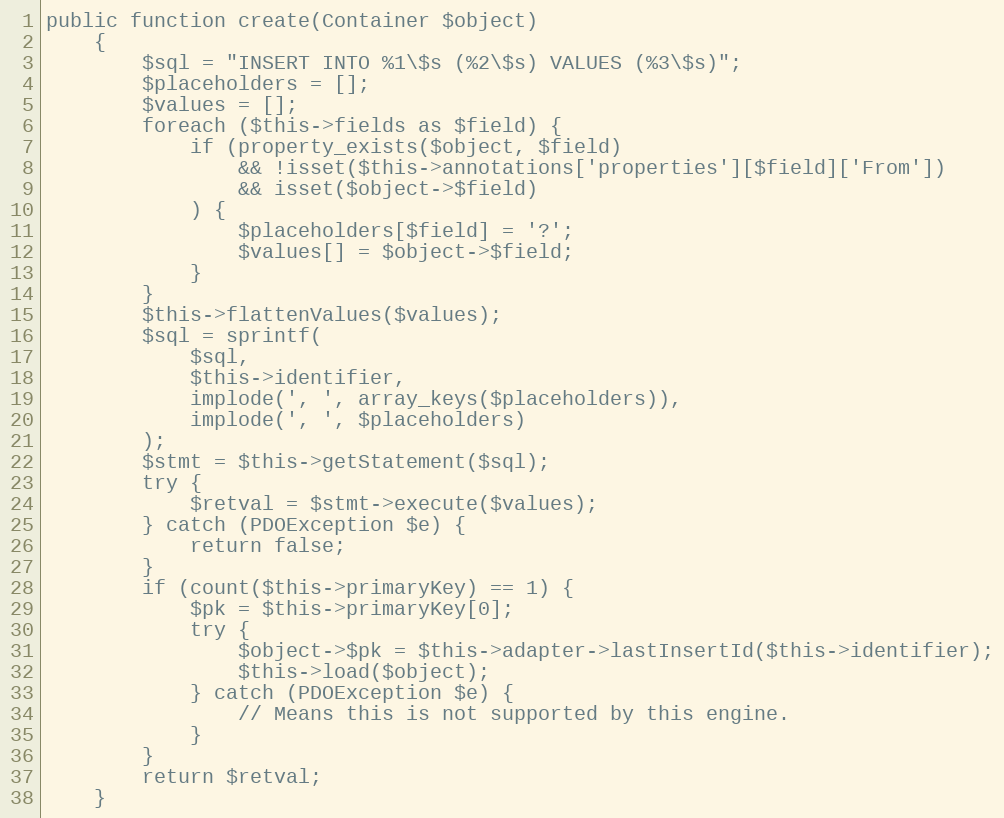
Language: PHP
public function create(Container $object)
    {
        $sql = "INSERT INTO %1\$s (%2\$s) VALUES (%3\$s)";
        $placeholders = [];
        $values = [];
        foreach ($this->fields as $field) {
            if (property_exists($object, $field)
                && !isset($this->annotations['properties'][$field]['From'])
                && isset($object->$field)
            ) {
                $placeholders[$field] = '?';
                $values[] = $object->$field;
            }
        }
        $this->flattenValues($values);
        $sql = sprintf(
            $sql,
            $this->identifier,
            implode(', ', array_keys($placeholders)),
            implode(', ', $placeholders)
        );
        $stmt = $this->getStatement($sql);
        try {
            $retval = $stmt->execute($values);
        } catch (PDOException $e) {
            return false;
        }
        if (count($this->primaryKey) == 1) {
            $pk = $this->primaryKey[0];
            try {
                $object->$pk = $this->adapter->lastInsertId($this->identifier);
                $this->load($object);
            } catch (PDOException $e) {
                // Means this is not supported by this engine.
            }
        }
        return $retval;
    }